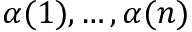
\alpha ( 1 ) , \dots , \alpha ( n )